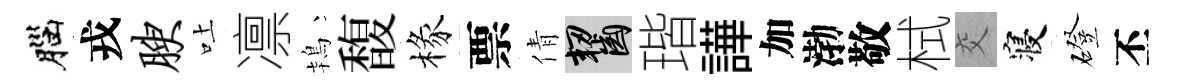
腦戎腴吐凛鴇馥椽票倩齧瑎譁加渤敬栻交寝磴丕